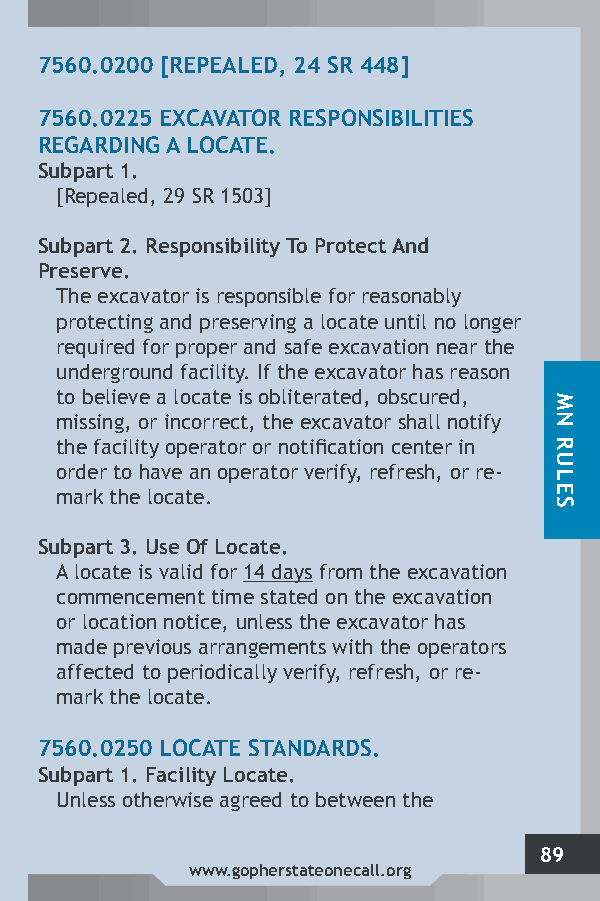
7560.0200 [REPEALED, 24 SR 448]
 7560.0225 EXCAVATOR RESPONSIBILITIES
 REGARDING A LOCATE.
 Subpart 1.
 [Repealed, 29 SR 1503]
 Subpart 2. Responsibility To Protect And
 Preserve.
 The excavator is responsible for reasonably
 protecting and preserving a locate until no longer
 required for proper and safe excavation near the
 underground facility. If the excavator has reason
 to believe a locate is obliterated, obscured,
 missing, or incorrect, the excavator shall notify
 the facility operator or notification center in
 order to have an operator verify, refresh, or re-
 mark the locate.
 Subpart 3. Use Of Locate.
 A locate is valid for 14 days from the excavation
 commencement time stated on the excavation
 or location notice, unless the excavator has
 made previous arrangements with the operators
 affected to periodically verify, refresh, or re-
 mark the locate.
 7560.0250 LOCATE STANDARDS.
 Subpart 1. Facility Locate.
 Unless otherwise agreed to between the
 89
 www.gopherstateonecall.org
 MN
 RULES